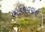
ભડકાવવાની